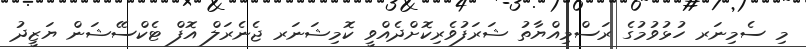
މި ސެމިނަރ ހުޅުވުމުގެ ރަސްމިއްޔާތު ޝަރަފުވެރިކޮށްދެއްވީ ކޮމިޝަނަރ ޖެނެރަލް އޮފް ޓެކްސޭޝަން ޔަޒީދު